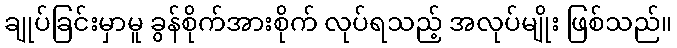
ချုပ်ခြင်းမှာမူ ခွန်စိုက်အားစိုက် လုပ်ရသည့် အလုပ်မျိုး ဖြစ်သည်။